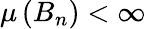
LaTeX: \mu\left(B_{n}\right)<\infty